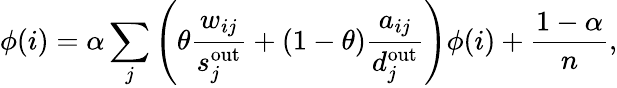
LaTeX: \phi(i)=\alpha\sum_{j}\left(\theta\frac{w_{ij}}{s_{j}^{\mathrm{out}}}+(1-\theta)\frac{a_{ij}}{d_{j}^{\mathrm{out}}}\right)\phi(i)+\frac{1-\alpha}{n},